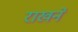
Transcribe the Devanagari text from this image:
राखने